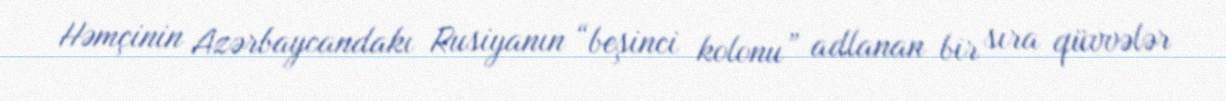
Həmçinin Azərbaycandakı Rusiyanın “beşinci kolonu” adlanan bir sıra qüvvələr